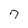
Character: 7